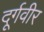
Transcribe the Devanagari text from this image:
दूर्गवीर